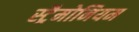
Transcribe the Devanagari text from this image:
स्ट्रैमोनियम